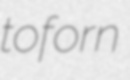
toforn